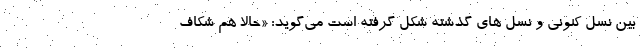
بین نسل کنونی و نسل های گذشته شکل گرفته است می‌گوید: «حالا هم شکاف